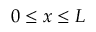
0 \le x \le L